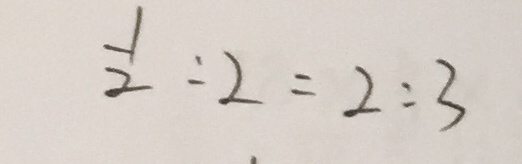
\frac { 1 } { 2 } : 2 = 2 : 3